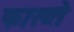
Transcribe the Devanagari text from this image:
फाख्ते